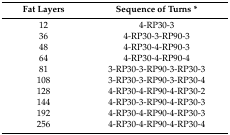
<table><thead><tr><td><b>Fat Layers</b></td><td><b>Sequence of Turns *</b></td></tr></thead><tbody><tr><td>12</td><td>4-RP30-3</td></tr><tr><td>36</td><td>4-RP30-3-RP90-3</td></tr><tr><td>48</td><td>4-RP30-4-RP90-3</td></tr><tr><td>64</td><td>4-RP30-4-RP90-4</td></tr><tr><td>81</td><td>3-RP30-3-RP90-3-RP30-3</td></tr><tr><td>108</td><td>3-RP30-3-RP90-3-RP30-4</td></tr><tr><td>128</td><td>4-RP30-4-RP90-4-RP30-2</td></tr><tr><td>144</td><td>4-RP30-3-RP90-4-RP30-3</td></tr><tr><td>192</td><td>4-RP30-4-RP90-4-RP30-3</td></tr><tr><td>256</td><td>4-RP30-4-RP90-4-RP30-4</td></tr></tbody></table>